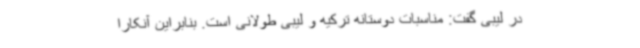
در لیبی گفت: مناسبات دوستانه ترکیه و لیبی طولانی است. بنابراین آنکارا